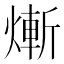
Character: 𤍖